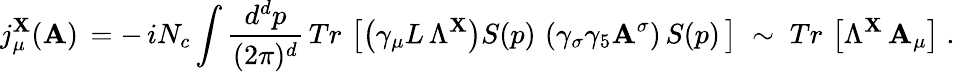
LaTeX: j_{\mu}^{\mathbf{X}}({\cal{\mathbf{A}}})\, =-\, iN_{c}\int\frac{{d^{d}p}}{{(2\pi)^{d}}}\, Tr\, \left[\left(\gamma_{\mu}L\, \Lambda^{\mathbf{X}}\right)S(p)\, \left(\gamma_{\sigma}\gamma_{5}{\cal{\mathbf{A}}}^{\sigma}\right)\, S(p)\, \right]\; \sim\; Tr\, \left[\Lambda^{\mathbf{X}}\, {\cal{\mathbf{A}}}_{\mu}\right]\; .